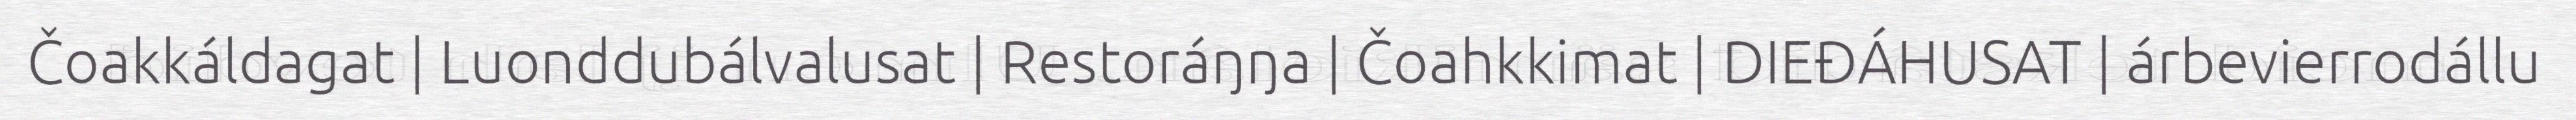
Čoakkáldagat | Luonddubálvalusat | Restoráŋŋa | Čoahkkimat | DIEĐÁHUSAT | árbevierrodállu